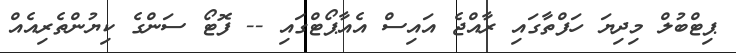
ޕިޓްބުލް މިދިޔަ ހަފްތާގައި ރާއްޖެ އައިސް އެއާޕޯޓްގައި -- ފޮޓޯ ސަންގެ ކިޔުންތެރިއެއް